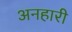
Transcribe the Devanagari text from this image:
अनहारी